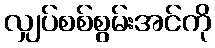
လျှပ်စစ်စွမ်းအင်ကို